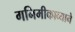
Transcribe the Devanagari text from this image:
गनिमीकाव्याने